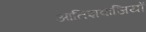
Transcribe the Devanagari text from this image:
आतिशबाजियों